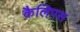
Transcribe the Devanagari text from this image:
कैलिपस